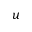
u